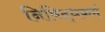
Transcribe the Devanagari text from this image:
निषिद्धकर्म